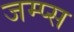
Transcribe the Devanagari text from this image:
जम्प्स